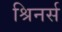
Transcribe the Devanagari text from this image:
श्रिनर्स